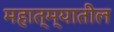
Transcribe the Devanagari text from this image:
महात्म्यातील